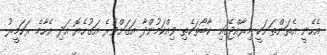
އެހެނީ އެތަންތަނަކީ މިރާއްޖޭގައި ކާބޯތަކެތި ވިއްކަމުންދާ އަގަށްވުރެ އަގުހެޔޮ އަދި އެހާމެ ރަހަމީރު